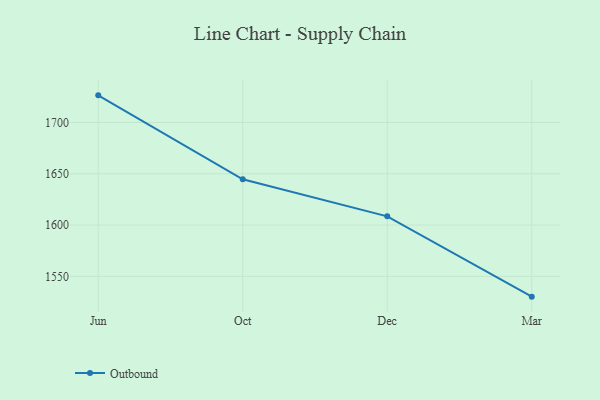
{"axis": {"x": "Month", "y": "Latency (ms)"}, "legend": ["Outbound"], "data": [{"x": "Jun", "y": 1726.5, "type": "Outbound"}, {"x": "Oct", "y": 1644.6, "type": "Outbound"}, {"x": "Dec", "y": 1608.5, "type": "Outbound"}, {"x": "Mar", "y": 1530.2, "type": "Outbound"}]}